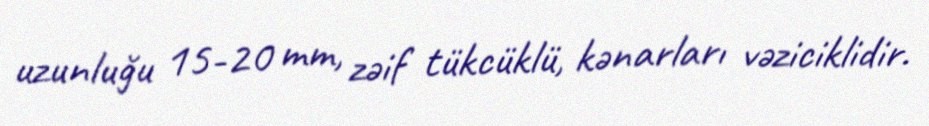
uzunluğu 15-20 mm, zəif tükcüklü, kənarları vəziciklidir.